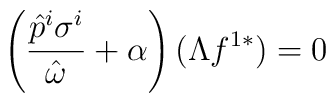
\left(\frac{\hat{p}^i \sigma^i}{\hat{\omega}}+\alpha\right)(\Lambda f^{1*})=0